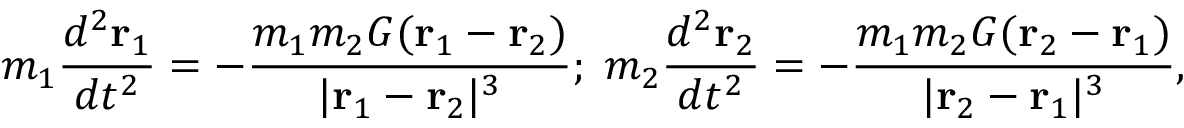
m _ { 1 } { \frac { d ^ { 2 } { \mathbf { r } } _ { 1 } } { d t ^ { 2 } } } = - { \frac { m _ { 1 } m _ { 2 } G ( { \mathbf { r } } _ { 1 } - { \mathbf { r } } _ { 2 } ) } { | { \mathbf { r } } _ { 1 } - { \mathbf { r } } _ { 2 } | ^ { 3 } } } ; \; m _ { 2 } { \frac { d ^ { 2 } { \mathbf { r } } _ { 2 } } { d t ^ { 2 } } } = - { \frac { m _ { 1 } m _ { 2 } G ( { \mathbf { r } } _ { 2 } - { \mathbf { r } } _ { 1 } ) } { | { \mathbf { r } } _ { 2 } - { \mathbf { r } } _ { 1 } | ^ { 3 } } } ,